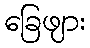
ခြေဖျား